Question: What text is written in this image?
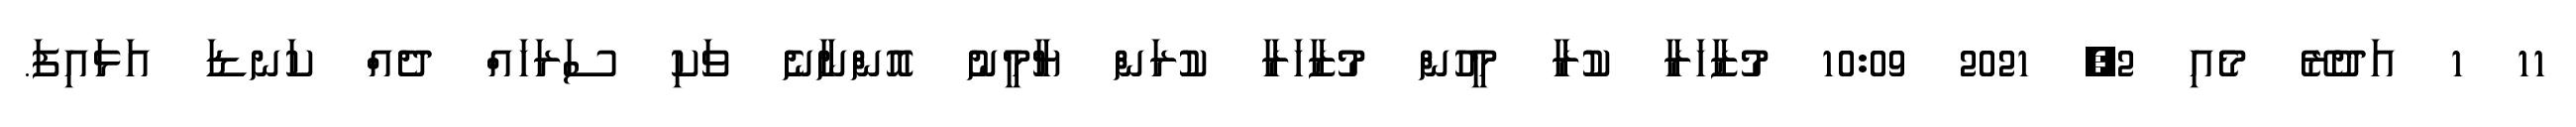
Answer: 11 1 އަދުރޭ މެއި 2, 2021 10:09 މުޒާހަރާ ކުރާ މީހުން މުޒާހަރާ ކުރަން ޔާމީނު އޮންނާނެ ވަކި ސަރަހައް ދެއް ކަނޑަ އަޅައިފަ.